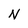
Character: N